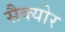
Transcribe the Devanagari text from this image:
सैक्योर